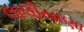
લાલીયાણા